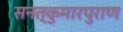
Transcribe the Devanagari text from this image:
सनत्कुमारपुराण